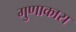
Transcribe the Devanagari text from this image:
गुणाकारा